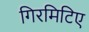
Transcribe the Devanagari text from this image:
गिरमिटिए